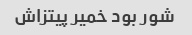
شور بود خمیر پیتزاش